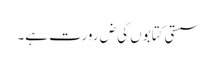
سستی کتابوں کی ض رورت ہے۔